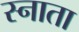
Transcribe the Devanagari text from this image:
स्नाता